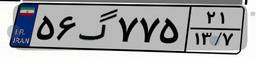
۵۶گ۷۷۵۲۱